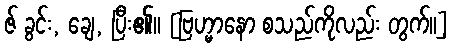
ဇ် ခွင်း, ချေ, ပြီး၏။ [ဗြဟ္မာနော စသည်ကိုလည်း တွက်၊၊]